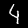
Label: 4